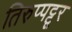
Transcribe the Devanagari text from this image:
तिरुप्पट्टूर